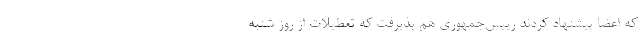
که اعضا پیشنهاد کردند رییس‌جمهوری هم پذیرفت که تعطیلات از روز شنبه